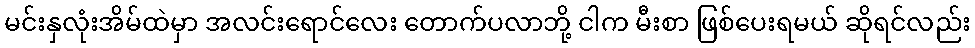
မင်းနှလုံးအိမ်ထဲမှာ အလင်းရောင်လေး တောက်ပလာဘို့ ငါက မီးစာ ဖြစ်ပေးရမယ် ဆိုရင်လည်း